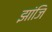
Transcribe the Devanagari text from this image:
झांजि